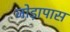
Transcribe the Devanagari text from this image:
जोड़ापास